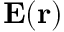
{ \bf E } ( { \bf r } )